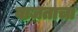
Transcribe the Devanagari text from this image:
वाजताचा